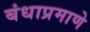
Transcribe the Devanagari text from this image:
बंधाप्रमाणे